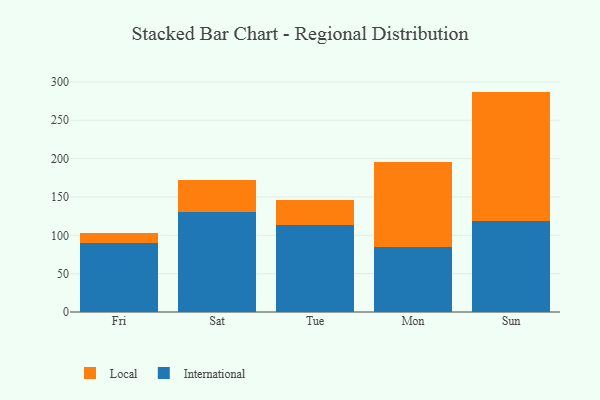
{"axis": {"x": "Day", "y": "Inventory Turnover"}, "legend": ["International", "Local"], "data": [{"x": "Fri", "y": 89.5, "type": "International"}, {"x": "Fri", "y": 13.2, "type": "Local"}, {"x": "Sat", "y": 129.8, "type": "International"}, {"x": "Sat", "y": 41.8, "type": "Local"}, {"x": "Tue", "y": 114.0, "type": "International"}, {"x": "Tue", "y": 32.1, "type": "Local"}, {"x": "Mon", "y": 85.2, "type": "International"}, {"x": "Mon", "y": 110.9, "type": "Local"}, {"x": "Sun", "y": 118.4, "type": "International"}, {"x": "Sun", "y": 169.0, "type": "Local"}]}